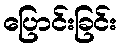
ပြောင်းခြင်း